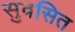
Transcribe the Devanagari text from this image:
सुवसित